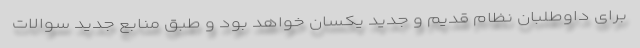
برای داوطلبان نظام قدیم و جدید یکسان خواهد بود و طبق منابع جدید سوالات